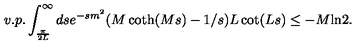
v . p . \int _ { \frac { \pi } { 2 L } } ^ { \infty } d s e ^ { - s m ^ { 2 } } ( M \coth ( M s ) - 1 / s ) L \cot ( L s ) \le - M \mathrm { l n } 2 .